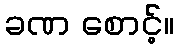
ခဏ စောင့်။